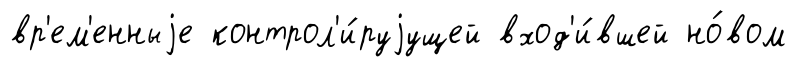
вр'ем'енныjе контрол'и́руjущей вход'и́вшей но́вом